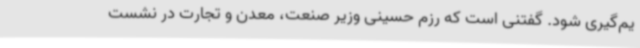
یم‌گیری شود. گفتنی است که رزم حسینی وزیر صنعت، معدن و تجارت در نشست